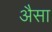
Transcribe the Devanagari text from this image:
अैसा